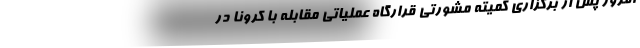
امروز پس از برگزاری کمیته مشورتی قرارگاه عملیاتی مقابله با کرونا در